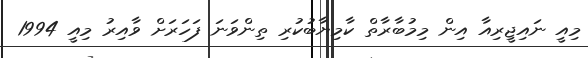
މިއީ ނައިޖީރިއާ އިން މިމުބާރާތް ކާމިޔާބުކުރި ތިންވަނަ ފަހަރަށް ވާއިރު މިއީ 1994